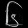
Digit: ၆